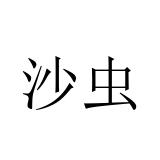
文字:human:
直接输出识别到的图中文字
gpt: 沙虫